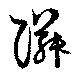
隣